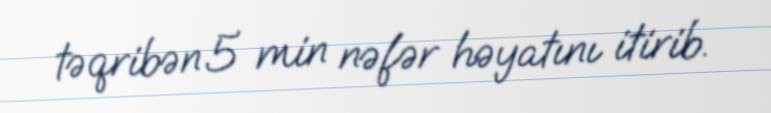
təqribən 5 min nəfər həyatını itirib.